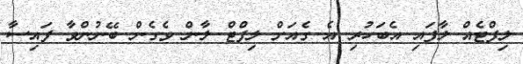
ލިފްޓެއް ލާފައި އެބަހުރި އެ ގެއަށް ލިފްޓް ލާން ވެގެން ބޭނުންވާ ފައިސާ